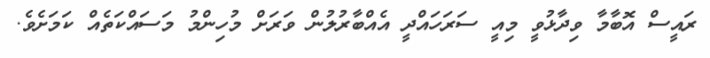
ރައީސް އޮބާމާ ވިދާޅުވީ މިއީ ސަރަހައްދީ އެއްބާރުލުން ވަރަށް މުހިންމު މަސައްކަތެއް ކަމަށެވެ.